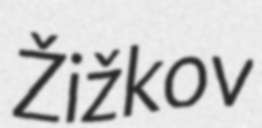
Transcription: Žižkov